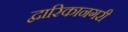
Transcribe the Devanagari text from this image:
द्वारिकानगरी